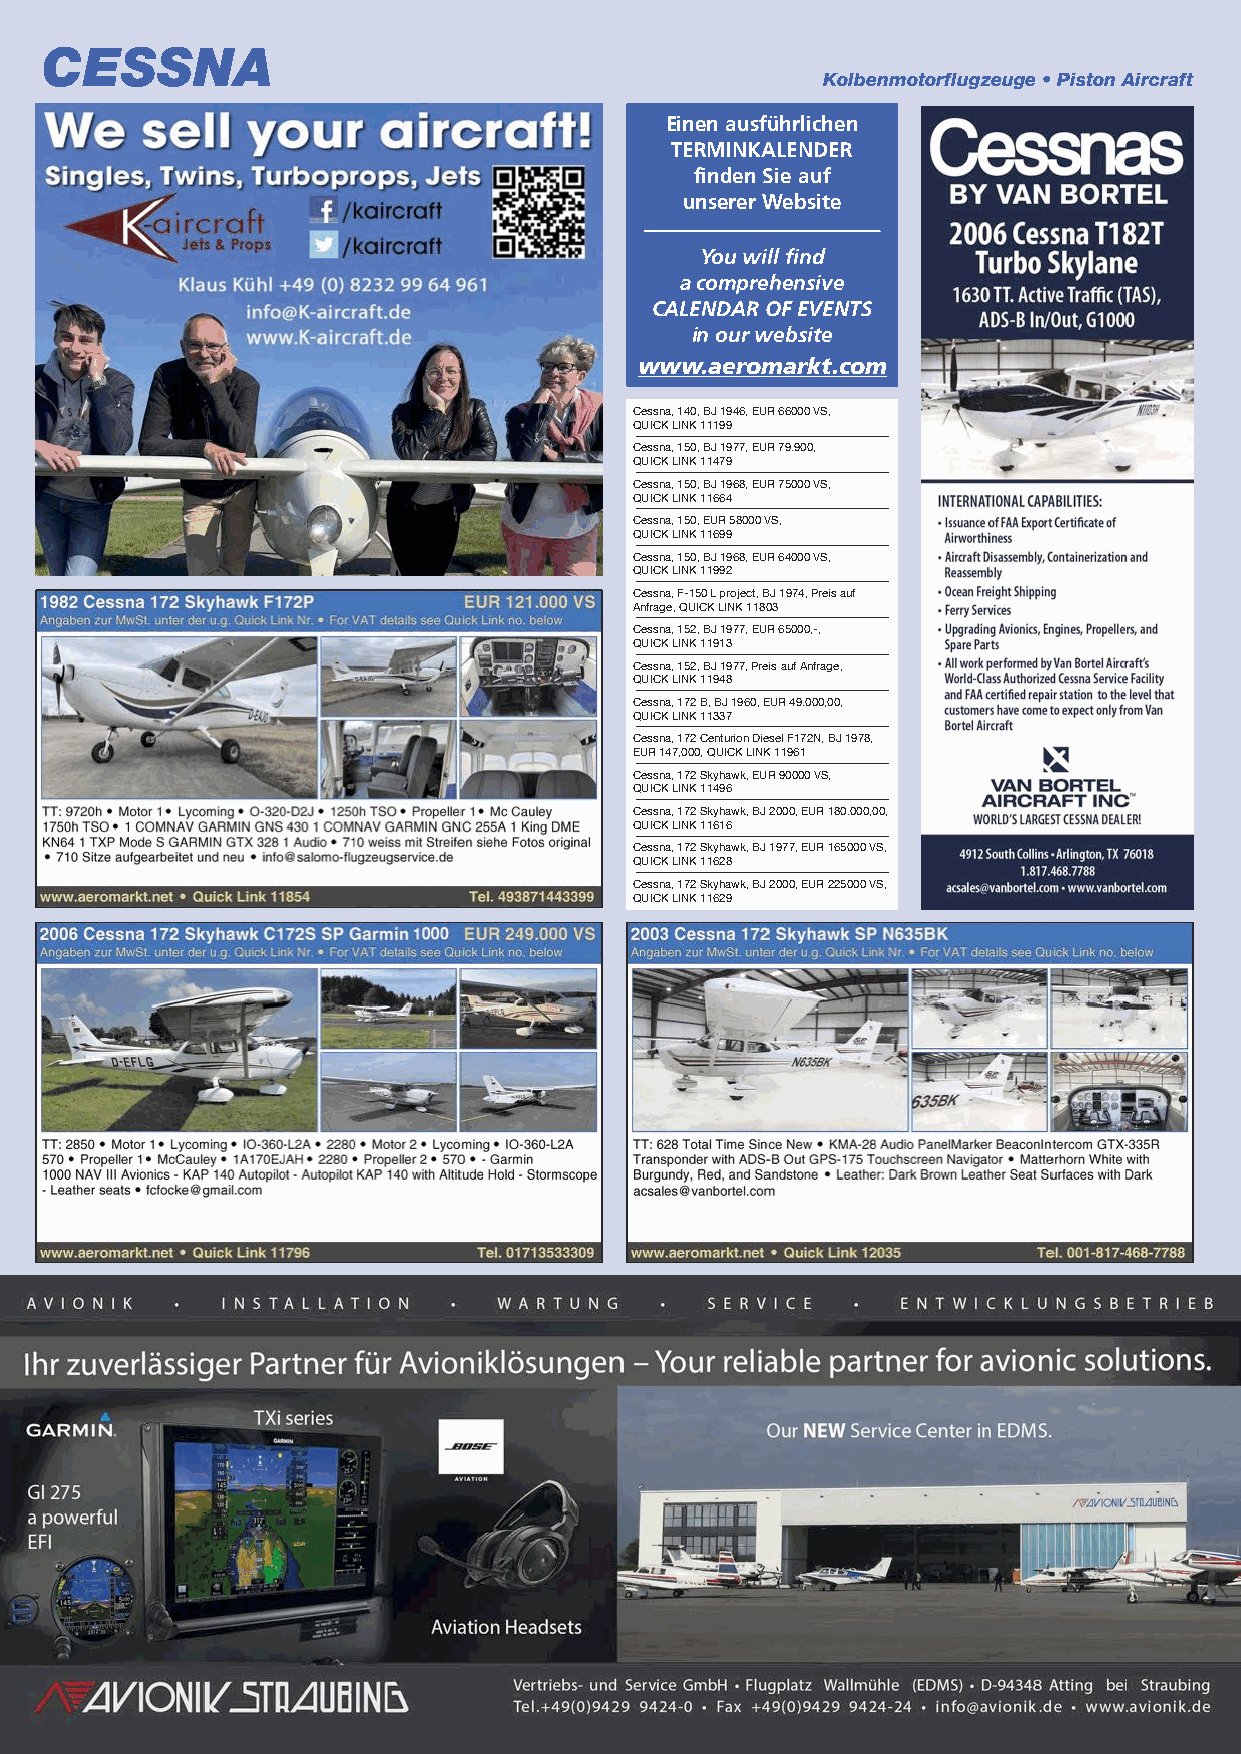
CESSNA
 Kolbenmotorflugzeuge • Piston Aircraft
 Einen ausführlichen
 TERMINKALENDER
 finden Sie auf
 unserer Website
 You will find
 a comprehensive
 CALENDAR OF EVENTS
 in our website
 www.aeromarkt.com
 Cessna, 140, BJ 1946, EUR 66000 VS,
 QUICK LINK 11199
 Cessna, 150, BJ 1977, EUR 79.900,
 QUICK LINK 11479
 Cessna, 150, BJ 1968, EUR 75000 VS,
 QUICK LINK 11664
 Cessna, 150, EUR 58000 VS,
 QUICK LINK 11699
 Cessna, 150, BJ 1968, EUR 64000 VS,
 QUICK LINK 11992
 Cessna, F-150 L project, BJ 1974, Preis auf
 Anfrage, QUICK LINK 11803
 Cessna, 152, BJ 1977, EUR 65000,-,
 QUICK LINK 11913
 Cessna, 152, BJ 1977, Preis auf Anfrage,
 QUICK LINK 11948
 Cessna, 172 B, BJ 1960, EUR 49.000,00,
 QUICK LINK 11337
 Cessna, 172 Centurion Diesel F172N, BJ 1978,
 EUR 147,000, QUICK LINK 11961
 Cessna, 172 Skyhawk, EUR 90000 VS,
 QUICK LINK 11496
 Cessna, 172 Skyhawk, BJ 2000, EUR 180.000,00,
 QUICK LINK 11616
 Cessna, 172 Skyhawk, BJ 1977, EUR 165000 VS,
 QUICK LINK 11628
 Cessna, 172 Skyhawk, BJ 2000, EUR 225000 VS,
 QUICK LINK 11629